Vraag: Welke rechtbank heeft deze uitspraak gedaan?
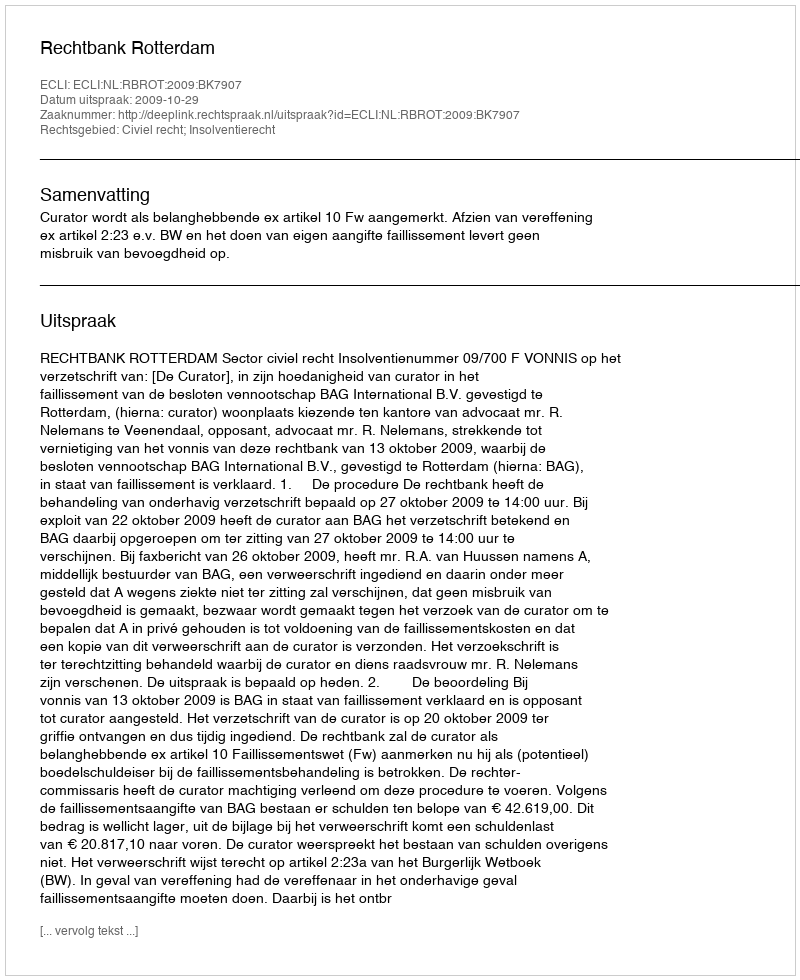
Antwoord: Rechtbank Rotterdam